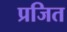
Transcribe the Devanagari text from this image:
प्रजित